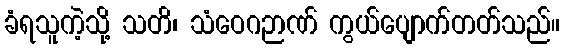
ခံရသူကဲ့သို့ သတိ၊ သံဝေဂဉာဏ် ကွယ်ပျောက်တတ်သည်။